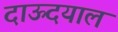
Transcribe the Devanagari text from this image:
दाऊदयाल